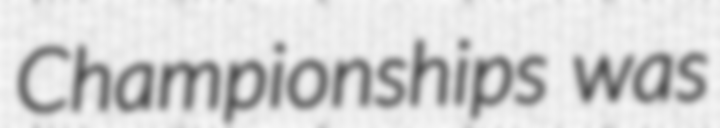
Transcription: Championships was